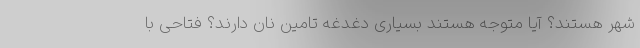
شهر هستند؟ آیا متوجه هستند بسیاری دغدغه تامین نان دارند؟ فتاحی با